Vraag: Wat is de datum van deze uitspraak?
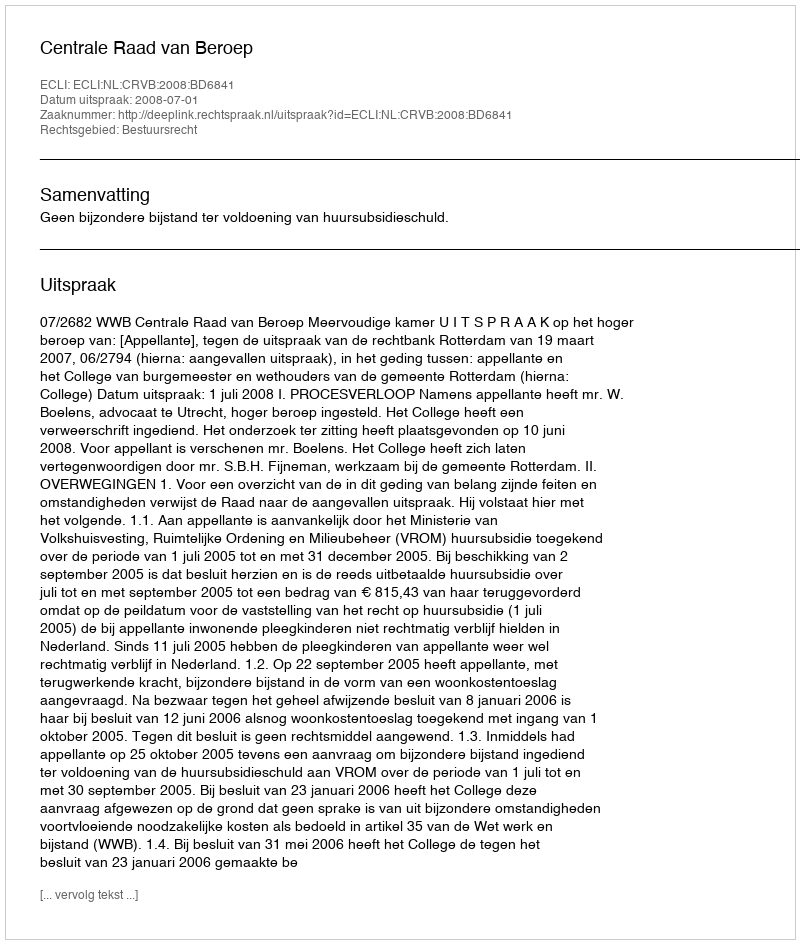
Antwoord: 2008-07-01